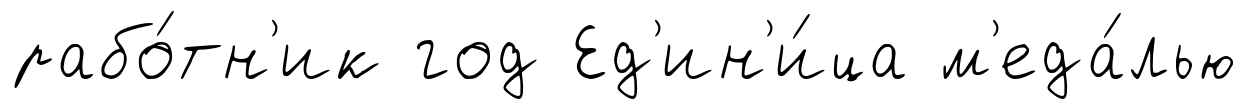
рабо́тн'ик год Ед'ин'и́ца м'еда́лью